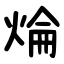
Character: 㷍